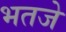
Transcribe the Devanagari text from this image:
भतजे